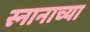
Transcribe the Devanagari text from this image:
स्नानाच्या